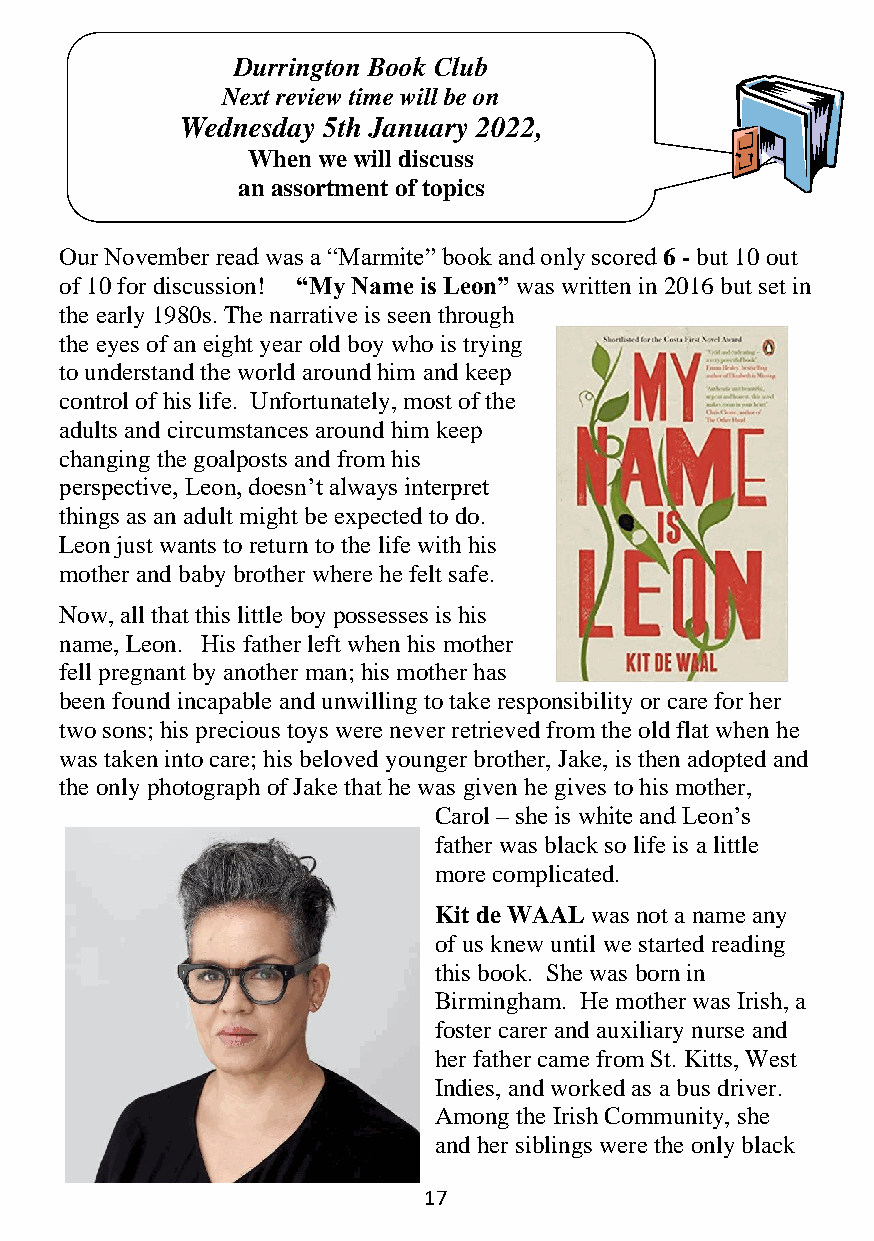
Durrington Book Club
 Next review time will be on
 Wednesday 5th January 2022,
 When we will discuss
 an assortment of topics
 Our November read was a “Marmite” book and only scored 6 - but 10 out
 of 10 for discussion! “My Name is Leon” was written in 2016 but set in
 the early 1980s. The narrative is seen through
 the eyes of an eight year old boy who is trying
 to understand the world around him and keep
 control of his life. Unfortunately, most of the
 adults and circumstances around him keep
 changing the goalposts and from his
 perspective, Leon, doesn’t always interpret
 things as an adult might be expected to do.
 Leon just wants to return to the life with his
 mother and baby brother where he felt safe.
 Now, all that this little boy possesses is his
 name, Leon. His father left when his mother
 fell pregnant by another man; his mother has
 been found incapable and unwilling to take responsibility or care for her
 two sons; his precious toys were never retrieved from the old flat when he
 was taken into care; his beloved younger brother, Jake, is then adopted and
 the only photograph of Jake that he was given he gives to his mother,
 Carol – she is white and Leon’s
 father was black so life is a little
 more complicated.
 Kit de WAAL was not a name any
 of us knew until we started reading
 this book. She was born in
 Birmingham. He mother was Irish, a
 foster carer and auxiliary nurse and
 her father came from St. Kitts, West
 Indies, and worked as a bus driver.
 Among the Irish Community, she
 and her siblings were the only black
 17